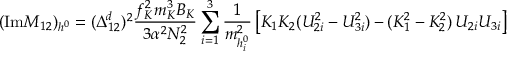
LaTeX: ( \mathrm { I m } M _ { 1 2 } ) _ { h ^ { 0 } } = ( \Delta _ { 1 2 } ^ { d } ) ^ { 2 } \frac { f _ { K } ^ { 2 } m _ { K } ^ { 3 } B _ { K } } { 3 \alpha ^ { 2 } N _ { 2 } ^ { 2 } } \sum _ { i = 1 } ^ { 3 } \frac { 1 } { m _ { h _ { i } ^ { 0 } } ^ { 2 } } \left[ K _ { 1 } K _ { 2 } ( { \cal U } _ { 2 i } ^ { 2 } - { \cal U } _ { 3 i } ^ { 2 } ) - ( K _ { 1 } ^ { 2 } - K _ { 2 } ^ { 2 } ) \, { \cal U } _ { 2 i } { \cal U } _ { 3 i } \right]